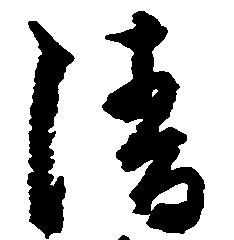
清